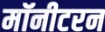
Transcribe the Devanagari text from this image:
मॉनीटरन